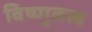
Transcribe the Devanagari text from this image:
विष्णुतत्त्व